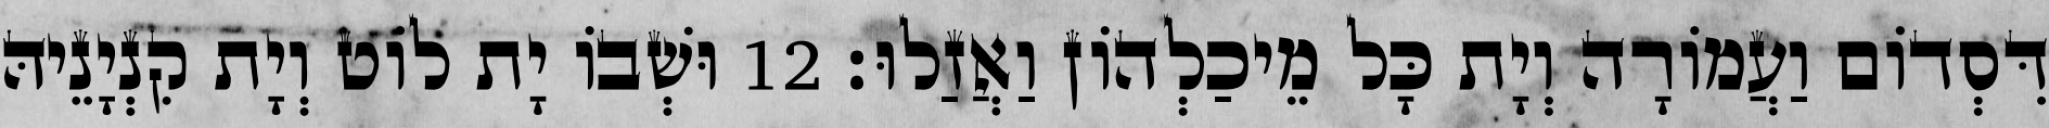
דִּסְדוֹם וַעֲמוֹרָה וְיָת כָּל מֵיכַלְהוֹן וַאֲזַלוּ׃ 12 וּשְׁבוֹ יָת לוֹט וְיָת קִנְיָנֵיהּ